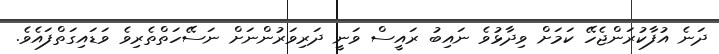
ދަނެ އުފާކުރަންޖެހޭ ކަމަށް ވިދާޅުވެ ނައިބު ރައީސް ވަނީ ދަރިވަރުންނަށް ނަސޭހަތްތެރިވެ ވަޑައިގަތްފައެވެ.